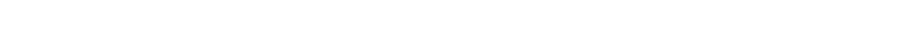
ကောက်စိုက်သောအခါ အပင် ငယ်များဖြစ်ထွန်းအောင် အထူး ကြပ်မတ် ဂရုစိုက်ရပြီး ရေကို လိုသလောက်